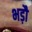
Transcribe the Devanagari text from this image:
भड़ौ